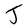
Character: J